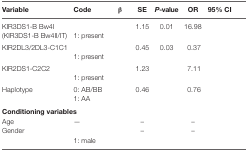
<table><thead><tr><td><b>Variable</b></td><td><b>Code</b></td><td><b>β</b></td><td><b>SE</b></td><td><b><i>P</i>-value</b></td><td><b>OR</b></td><td><b>95% CI</b></td></tr></thead><tbody><tr><td rowspan="2">KIR3DS1-B Bw4I (KIR3DS1-B Bw4II/IT)</td><td>[EMPTY_CELL]</td><td rowspan="2">[EMPTY_CELL]</td><td rowspan="2">1.15</td><td rowspan="2">0.01</td><td rowspan="2">16.98</td><td rowspan="2">[EMPTY_CELL]</td></tr><tr><td>1: present</td></tr><tr><td rowspan="2">KIR2DL3/2DL3-C1C1</td><td>[EMPTY_CELL]</td><td rowspan="2">[EMPTY_CELL]</td><td rowspan="2">0.45</td><td rowspan="2">0.03</td><td rowspan="2">0.37</td><td rowspan="2">[EMPTY_CELL]</td></tr><tr><td>1: present</td></tr><tr><td rowspan="2">KIR2DS1-C2C2</td><td>[EMPTY_CELL]</td><td rowspan="2">[EMPTY_CELL]</td><td rowspan="2">1.23</td><td rowspan="2">[EMPTY_CELL]</td><td rowspan="2">7.11</td><td rowspan="2">[EMPTY_CELL]</td></tr><tr><td>1: present</td></tr><tr><td rowspan="2">Haplotype</td><td>0: AB/BB</td><td rowspan="2">[EMPTY_CELL]</td><td rowspan="2">0.46</td><td rowspan="2">[EMPTY_CELL]</td><td rowspan="2">0.76</td><td rowspan="2">[EMPTY_CELL]</td></tr><tr><td>1: AA</td></tr><tr><td colspan="7"><b>Conditioning variables</b></td></tr><tr><td>Age</td><td>—</td><td>[EMPTY_CELL]</td><td>–</td><td>[EMPTY_CELL]</td><td>–</td><td>[EMPTY_CELL]</td></tr><tr><td rowspan="2">Gender</td><td>[EMPTY_CELL]</td><td rowspan="2">[EMPTY_CELL]</td><td rowspan="2">–</td><td rowspan="2">[EMPTY_CELL]</td><td rowspan="2">–</td><td rowspan="2">[EMPTY_CELL]</td></tr><tr><td>1: male</td></tr></tbody></table>